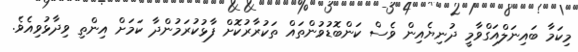
މިކަމާ ބައިނަލްއަގްވާމީ ދުނިޔެއިން ވެސް ކަންބޮޑުވުންތައް ތަކުރާރުކޮށް ފާޅުކުރަމުންދާ ކަމަށް އިންތި ވިދާޅުވިއެވެ.